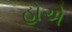
હોએ